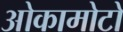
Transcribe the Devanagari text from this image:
ओकामोटो